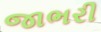
જાભરી